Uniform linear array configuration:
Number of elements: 64
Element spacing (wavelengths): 0.5
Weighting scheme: blackman
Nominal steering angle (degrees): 45
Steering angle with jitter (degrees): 43.743
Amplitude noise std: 0.05
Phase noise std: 0.05

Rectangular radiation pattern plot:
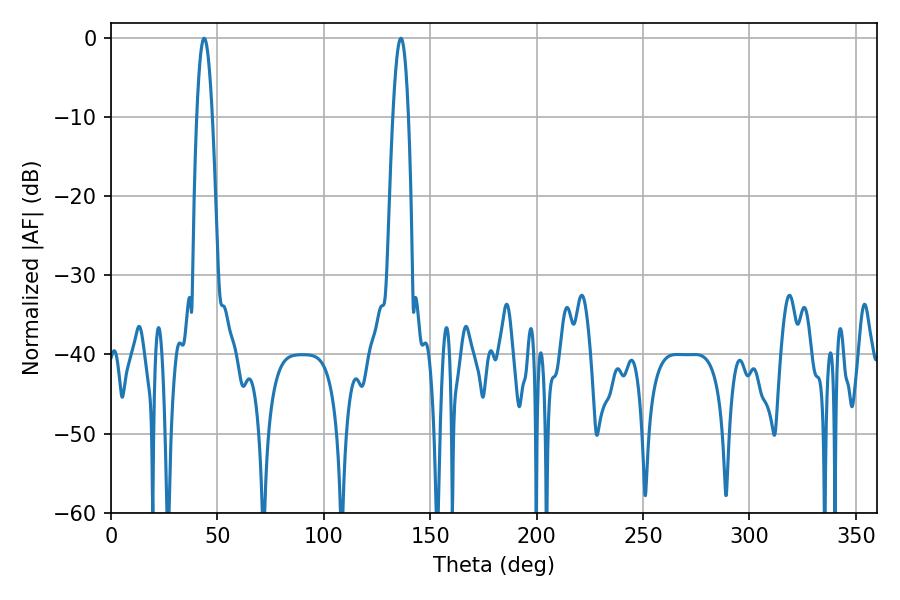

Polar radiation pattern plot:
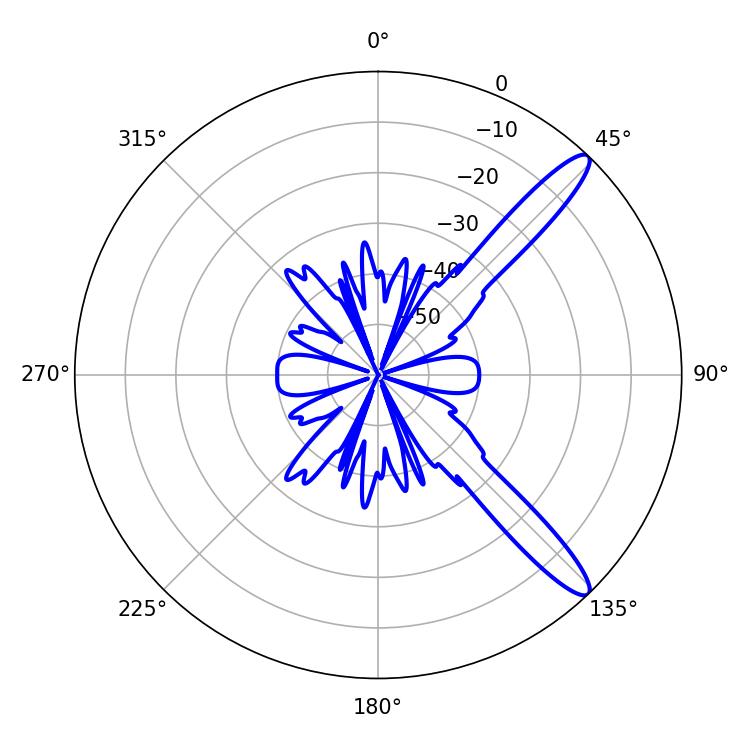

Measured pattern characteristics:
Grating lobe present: FALSE
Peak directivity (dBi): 12.777
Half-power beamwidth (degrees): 3.96
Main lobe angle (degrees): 43.74